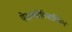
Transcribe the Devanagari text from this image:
पेस्टलोटियाप्सिस